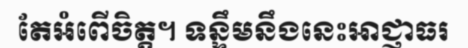
តែអំពើចិត្ត។ ទន្ទឹមនឹងនេះអាជ្ញាធរ